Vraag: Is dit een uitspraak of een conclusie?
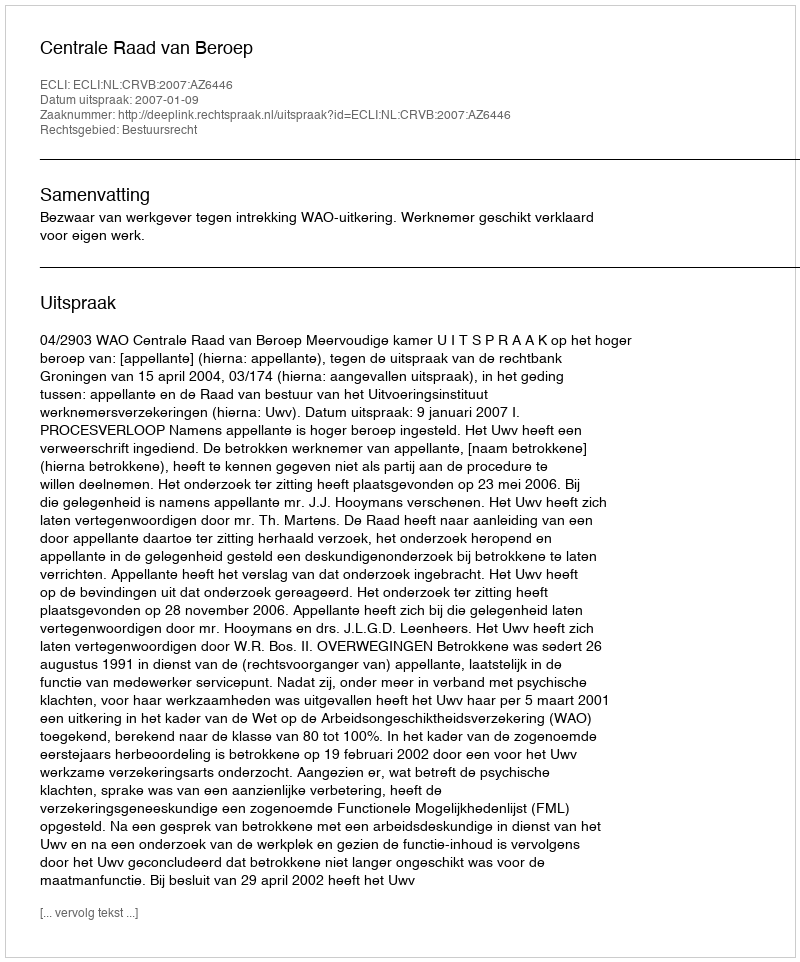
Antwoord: Uitspraak